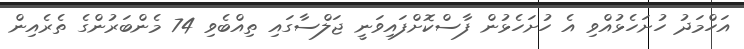
އަހްމަދު ހުށަހެޅުއްވި އެ ހުށަހެޅުން ފާސްކޮށްފައިވަނީ ޖަލްސާގައި ތިއްބެވި 74 މެންބަރުންގެ ތެރެއިން